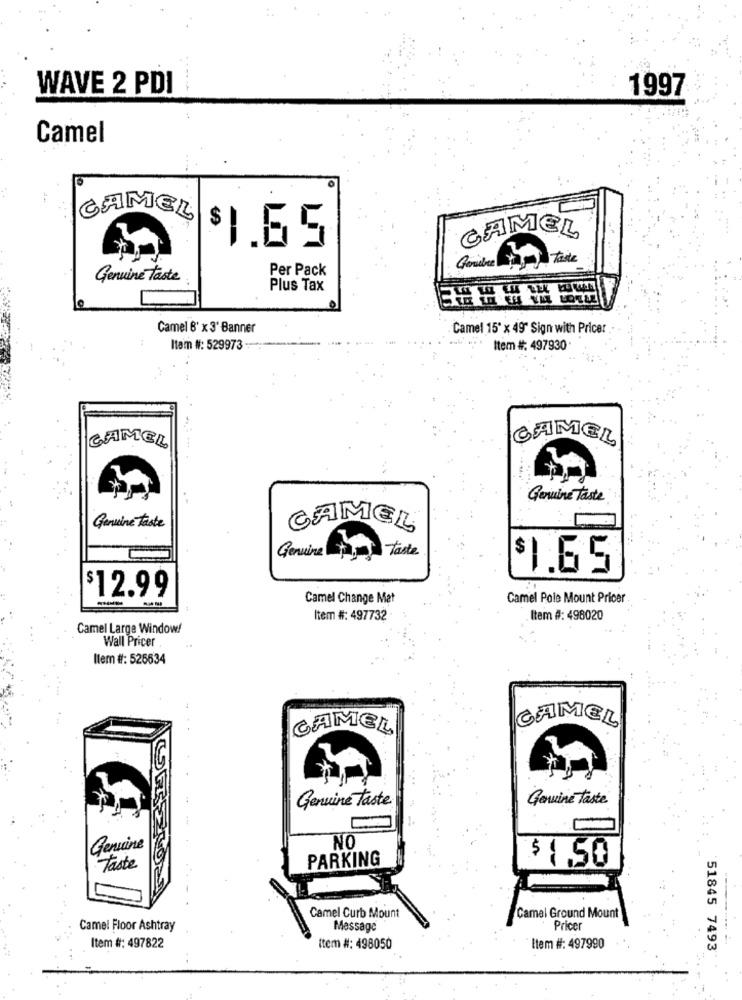
WAVE 2 PDI
1997
Camel
CAMEL
CAMEL
$1.65
Per Pack
Genuine taste
Plus Tax
Camel 6' x 3' Banner
Camel 15' x 49" Sign with Pricer
Item #: 529973 -
Item #: 497930.
CAMEL
CAMEL
Genuine taste
Genuine taste
CAMEL
Genuine
taste
1.65
$12.99
-
Camel Change Mat
Camel Pole Mount Pricer
Item #: 497732
Item #: 498020
Camel Large Window!
Wall Pricer
Ilem #: 525634
CAMEL
CAMEL
Genuine taste
Genuine taste
Genuine
NO
PARKING
$ 1.50
Taste
Camel Curb Mount
Camel Ground Mount
Camel Floor Ashtray
Message
Pricer
Item #: 497822
Item #: 498050
Item #: 497990
51845 7493